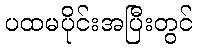
ပထမပိုင်းအပြီးတွင်